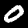
Digit: 0